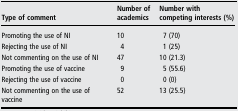
<table><thead><tr><td><b>Type of comment</b></td><td><b>Number of academics</b></td><td><b>Number with competing interests (%)</b></td></tr></thead><tbody><tr><td>Promoting the use of NI</td><td>10</td><td>7 (70)</td></tr><tr><td>Rejecting the use of NI</td><td>4</td><td>1 (25)</td></tr><tr><td>Not commenting on the use of NI</td><td>47</td><td>10 (21.3)</td></tr><tr><td>Promoting the use of vaccine</td><td>9</td><td>5 (55.6)</td></tr><tr><td>Rejecting the use of vaccine</td><td>0</td><td>0 (0)</td></tr><tr><td>Not commenting on the use of vaccine</td><td>52</td><td>13 (25.5)</td></tr></tbody></table>